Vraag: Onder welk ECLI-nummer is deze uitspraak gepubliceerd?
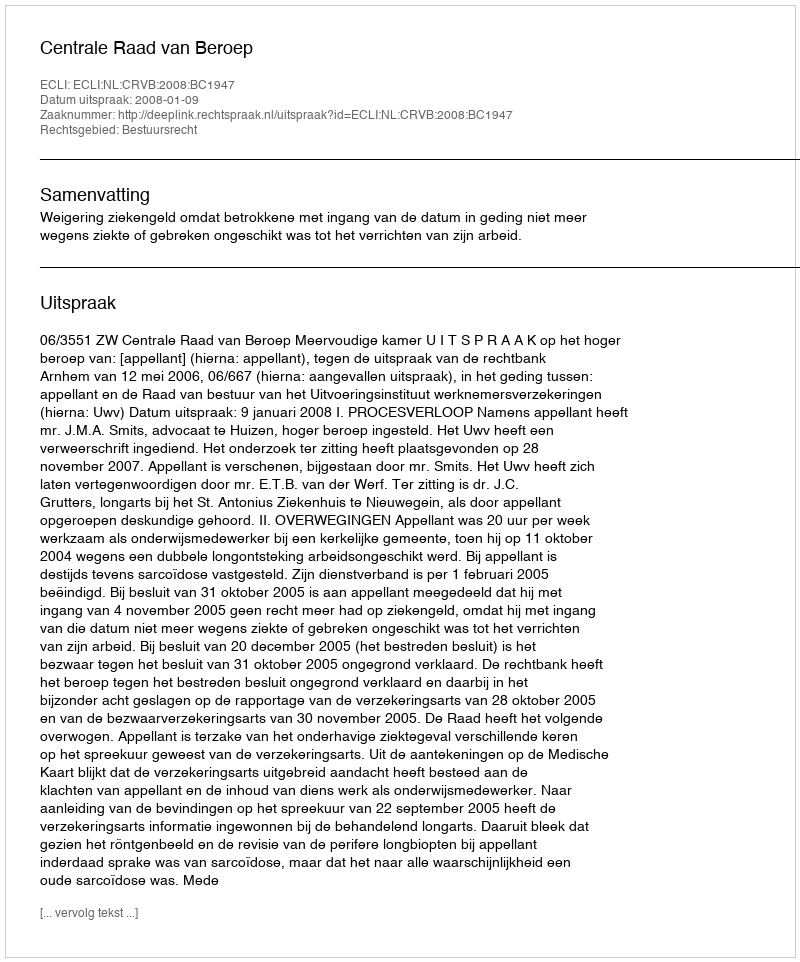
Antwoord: ECLI:NL:CRVB:2008:BC1947